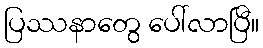
ပြဿနာတွေ ပေါ်လာပြီ။